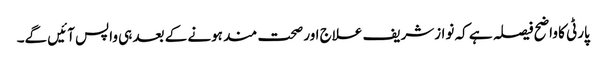
پارٹی کا واضح فیصلہ ہے کہ نوازشریف علاج اور صحت مند ہونے کے بعد ہی واپس آئیں گے۔